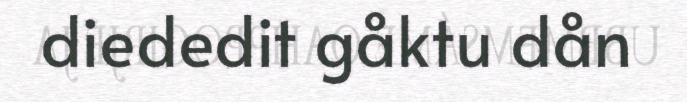
diededit gåktu dån